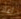
اعاد